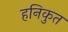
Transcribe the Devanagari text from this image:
हनिकुत